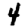
Digit: 4